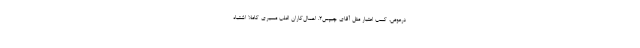
درعوض، کسب اعتبار مثل آقای چیپس۲. اهمال‌کاران اغلب مسیری کاملاً اشتباه